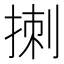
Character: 𪮁